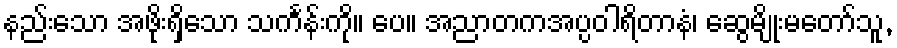
နည်းသော အဖိုးရှိသော သင်္ကန်းကို။ ပေ။ အညာတကအပ္ပဝါရိတာနံ၊ ဆွေမျိုးမတော်သူ,